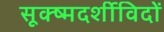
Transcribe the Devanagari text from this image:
सूक्ष्मदर्शीविदों